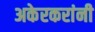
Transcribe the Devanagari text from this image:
अकेरकरांनी